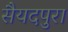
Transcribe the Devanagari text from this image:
सैयदपुरा